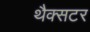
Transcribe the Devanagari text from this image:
थैक्सटर